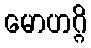
မောဟဂ္ဂိ